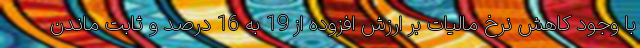
با وجود کاهش نرخ مالیات بر ارزش افزوده از 19 به 16 درصد و ثابت ماندن